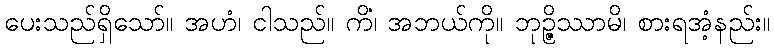
ပေးသည်ရှိသော်။ အဟံ၊ ငါသည်။ ကိံ၊ အဘယ်ကို။ ဘုဉ္ဇိဿာမိ၊ စားရအံ့နည်း။